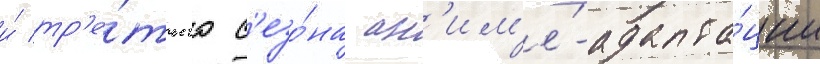
и́ тр'е́тьего с'езо́на ан'им'е́-адапта́ции